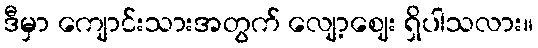
ဒီမှာ ကျောင်းသားအတွက် လျော့ဈေး ရှိပါသလား။